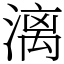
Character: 漓